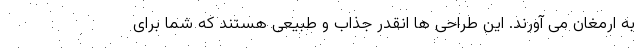
به ارمغان می آورند. این طراحی ها انقدر جذاب و طبیعی هستند که شما برای